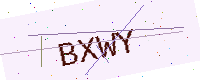
Text: BXWY